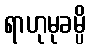
ရာဟုမုခမ္ပိ